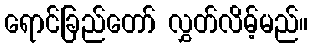
ရောင်ခြည်တော် လွှတ်လိမ့်မည်။